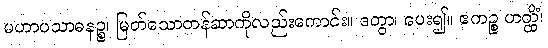
မဟာပသာဓနဉ္စ၊ မြတ်သောတန်ဆာကိုလည်းကောင်း။ ဒတွာ၊ ပေး၍။ ဧကဉ္စ ဟတ္ထိံ၊